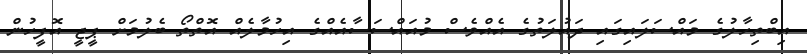
އިބްތިހާލުގެ މައްސަލައިގައި ދައުލަތުގެ އެއްވެސް މުއައްސަސާއެއްގެ އިހުމާލެއް އޮތްތޯ ބެލުމަށް ޕީޖީ އޮފީހުން